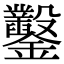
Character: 鑿